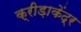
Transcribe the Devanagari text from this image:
क्रीड़ाकेंद्र